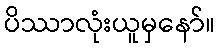
ပိဿာလုံးယူမှနော်။